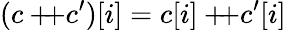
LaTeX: (c+\! \! \! +c^{\prime})[i]=c[i]+\! \! \! +c^{\prime}[i]